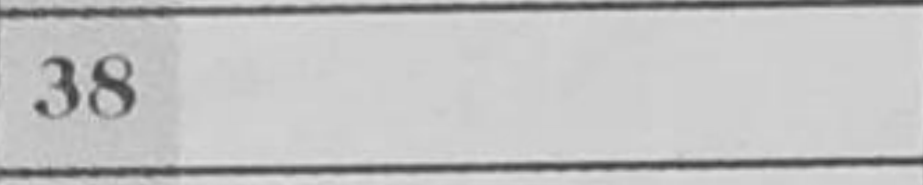
Transcription: c6